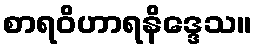
စာရဝိဟာရနိဒ္ဒေသ။